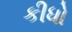
કીધો